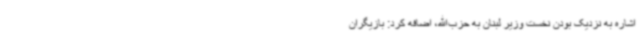
اشاره به نزدیک بودن نخست وزیر لبنان به حزب‌الله، اضافه کرد: بازیگران